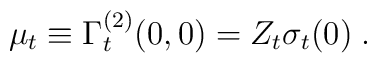
\mu_t \equiv \Gamma^{(2)}_t ( 0 , 0) = Z_t \sigma_t ( 0)  \; .